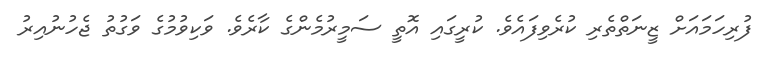
ފުރިހަމައަށް ޒީނަތްތެރި ކުރެވިފައެވެ. ކުރީގައި އޮތީ ސަމީރުމެންގެ ކާރެވެ. ވަކިވުމުގެ ވަގުތު ޖެހުނުއިރު